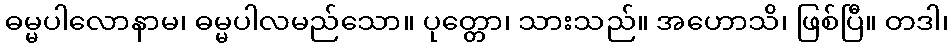
ဓမ္မပါလောနာမ၊ ဓမ္မပါလမည်သော။ ပုတ္တော၊ သားသည်။ အဟောသိ၊ ဖြစ်ပြီ။ တဒါ၊